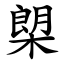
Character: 㮾